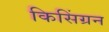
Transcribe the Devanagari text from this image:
किसिंग्रन